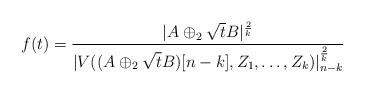
LaTeX: \begin{align*}f(t)=\frac{|A\oplus_2 \sqrt{t}B|^{\frac{2}{k}}}{|V((A \oplus_2 \sqrt{t}B)[n-k],Z_1, \dots, Z_k)|^{\frac{2}{k}}_{n-k}}\end{align*}